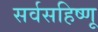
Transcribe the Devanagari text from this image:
सर्वसहिष्णू